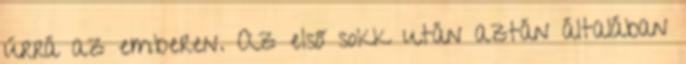
úrrá az emberen. Az első sokk után aztán általában